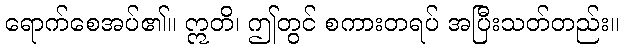
ရောက်စေအပ်၏။ ဣတိ၊ ဤတွင် စကားတရပ် အပြီးသတ်တည်း။